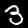
Digit: 3